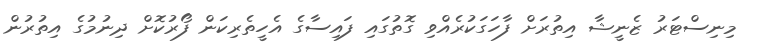
މިނިސްޓަރު ޒެނީޝާ އިތުރަށް ފާހަގަކުރެއްވި ގޮތުގައި ފައިސާގެ އެހީތެރިކަން ފޯރުކޮށް ދިނުމުގެ އިތުރުން